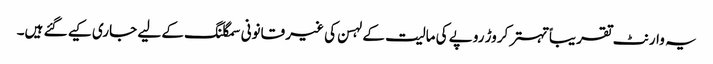
یہ وارنٹ تقریباً تہتر کروڑ روپے کی مالیت کے لہسن کی غیر قانونی سمگلنگ کے لیے جاری کیے گئے ہیں۔